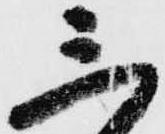
三